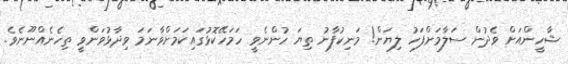
ޝާހީންއަށް ވެދުން ސަލާމަށްފަހު ލިޔަން! މަނިކުފާނު ތިޔަ ހުންނެވީ ހަމަހޭކޮޅުގައިކަމަށްވާނަމަ ވިދާޅުވަންވީ ތިހެނެއްނޫނެވެ.